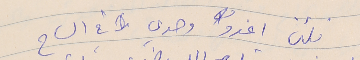
فلئن اغدو وحدي  في الساح